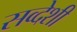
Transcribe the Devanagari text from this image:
सव्देशी